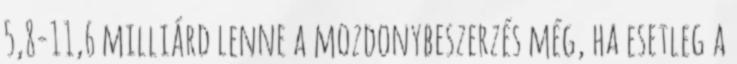
5,8-11,6 milliárd lenne a mozdonybeszerzés még, ha esetleg a